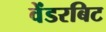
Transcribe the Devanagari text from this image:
वेंडरबिट